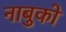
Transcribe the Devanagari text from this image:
नाबुको